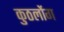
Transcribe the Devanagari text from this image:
कुठलोंग